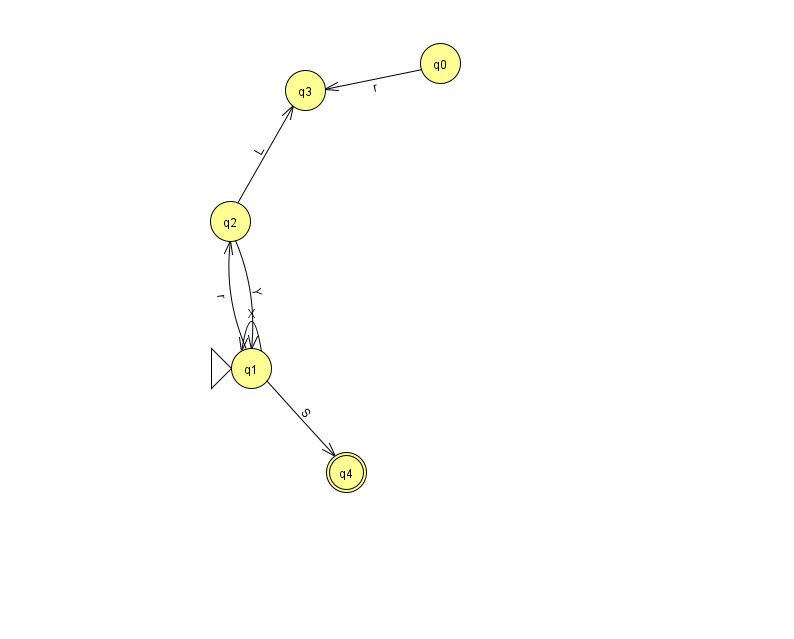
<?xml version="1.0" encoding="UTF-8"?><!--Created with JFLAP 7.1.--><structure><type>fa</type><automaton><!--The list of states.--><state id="0" name="q0"><x>440.0</x><y>50.0</y></state><state id="1" name="q1"><x>251.0</x><y>355.0</y><initial/></state><state id="2" name="q2"><x>230.0</x><y>208.0</y></state><state id="3" name="q3"><x>305.0</x><y>77.0</y></state><state id="4" name="q4"><x>346.0</x><y>459.0</y><final/></state><!--The list of transitions.--><transition><from>1</from><to>2</to><read>r</read></transition><transition><from>1</from><to>1</to><read>X</read></transition><transition><from>0</from><to>3</to><read>r</read></transition><transition><from>1</from><to>4</to><read>S</read></transition><transition><from>2</from><to>3</to><read>L</read></transition><transition><from>2</from><to>1</to><read>Y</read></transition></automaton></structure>